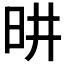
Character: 𪰉